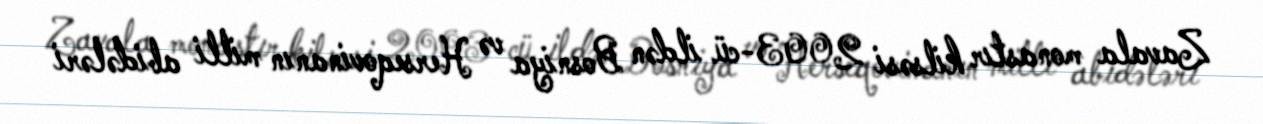
Zavala monastır kilsəsi 2003-cü ildən Bosniya və Herseqovinanın milli abidələri